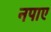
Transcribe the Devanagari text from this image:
नपाए